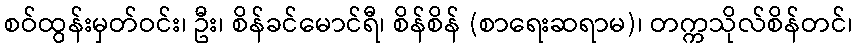
စဝ်ထွန်းမှတ်ဝင်း၊ ဦး၊ စိန်ခင်မောင်ရီ၊ စိန်စိန် (စာရေးဆရာမ)၊ တက္ကသိုလ်စိန်တင်၊